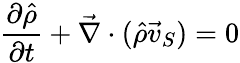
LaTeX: \frac{\partial\hat{\rho}}{\partial t}+\vec{\nabla}\cdot(\hat{\rho}\vec{v}_{S})=0